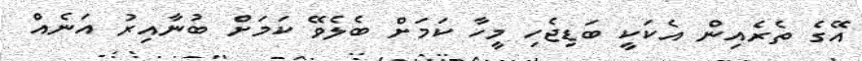
އޭގެ ތެރެއިން އެކަކީ ބަޑިޖެހި މީހާ ކަމަށް ބެލެވޭ ކަމަށް ބުނާއިރު އަނެއް